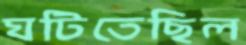
ঘটিতেছিল